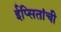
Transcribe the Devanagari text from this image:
ईप्सितांची